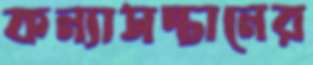
কন্যাসন্তানের